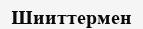
Шииттермен